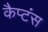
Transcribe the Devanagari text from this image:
कैप्‍टंस